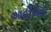
આહીરોની